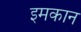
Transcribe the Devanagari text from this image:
इमकान